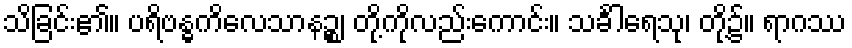
သိခြင်း၏။ ပရိဗန္ဓကိလေသာနဉ္စ၊ တို့ကိုလည်းကောင်း။ သင်္ခါရေသု၊ တို့၌။ ရာဂဿ